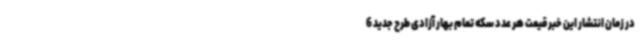
در زمان انتشار این خبر قیمت هر عدد سکه تمام بهار آزادی طرح جدید 6